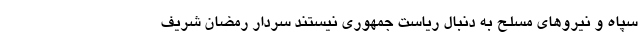
سپاه و نیرو‌های مسلح به دنبال ریاست جمهوری نیستند سردار رمضان شریف